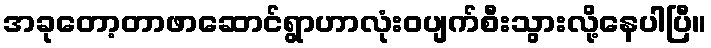
အခုတော့တာဖာဆောင်ရွာဟာလုံးဝပျက်စီးသွားလို့နေပါပြီ။